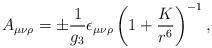
LaTeX: \begin{align*}A_{\mu \nu \rho} = \pm {1 \over g_3} \epsilon_{\mu \nu \rho} \left( 1 + {K \over r^6} \right)^{-1} ,\end{align*}